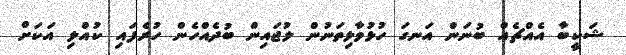
ޝަކީބާ އެއްޗެއް ބުނަން އަނގަ ހުޅުވާލިތަނުން ލުޖައިން ބުދެއްހެން ހުރެފައި ކުއްލި އަކަށް